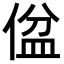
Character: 𪝕